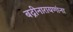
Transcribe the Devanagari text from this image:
बद्रीनारायणांना